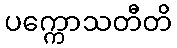
ပက္ကောသတီတိ